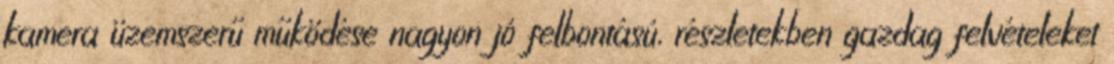
kamera üzemszerű működése nagyon jó felbontású, részletekben gazdag felvételeket